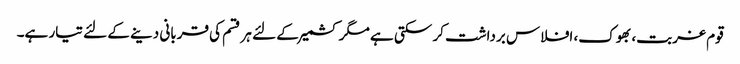
قوم غربت، بھوک، افلاس برداشت کر سکتی ہے مگر کشمیر کے لئے ہر قسم کی قربانی دینے کے لئے تیار ہے۔